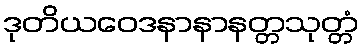
ဒုတိယဝေဒနာနာနတ္တသုတ္တံ